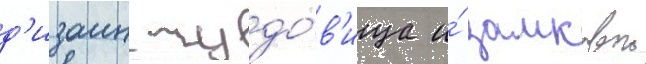
д'изаин чудо́в'ища и́ замковои